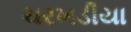
ચરખડીયા